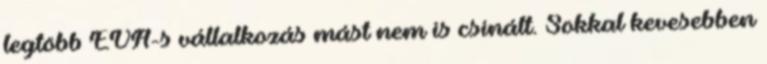
legtöbb EVA-s vállalkozás mást nem is csinált. Sokkal kevesebben